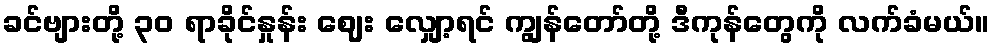
ခင်ဗျားတို့ ၃၀ ရာခိုင်နှုန်း ဈေး လျှော့ရင် ကျွန်တော်တို့ ဒီကုန်တွေကို လက်ခံမယ်။